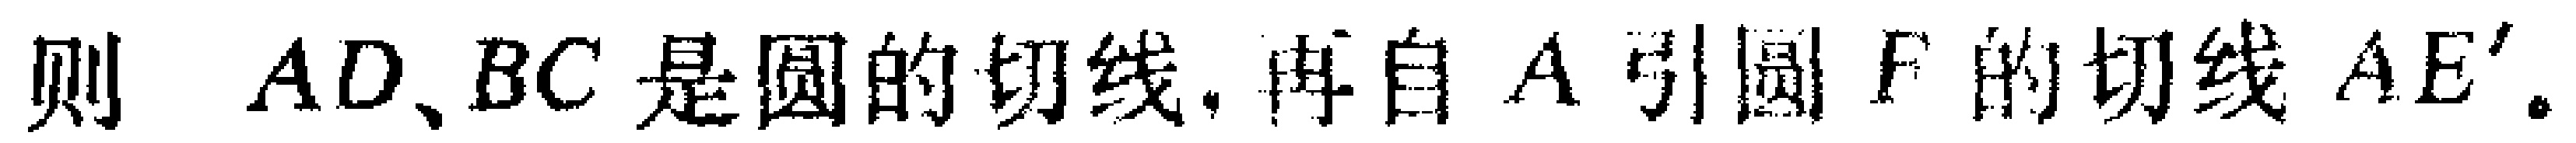
则 \(AD、BC\) 是圆的切线, 再自 \(A\) 引圆 \(F\) 的切线 \(AE'\)。